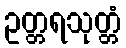
ဥတ္တရသုတ္တံ